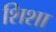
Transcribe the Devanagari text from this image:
शिशा